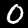
Digit: 0